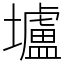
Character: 壚